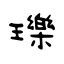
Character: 瓅